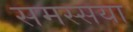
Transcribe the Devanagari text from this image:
समस्सया